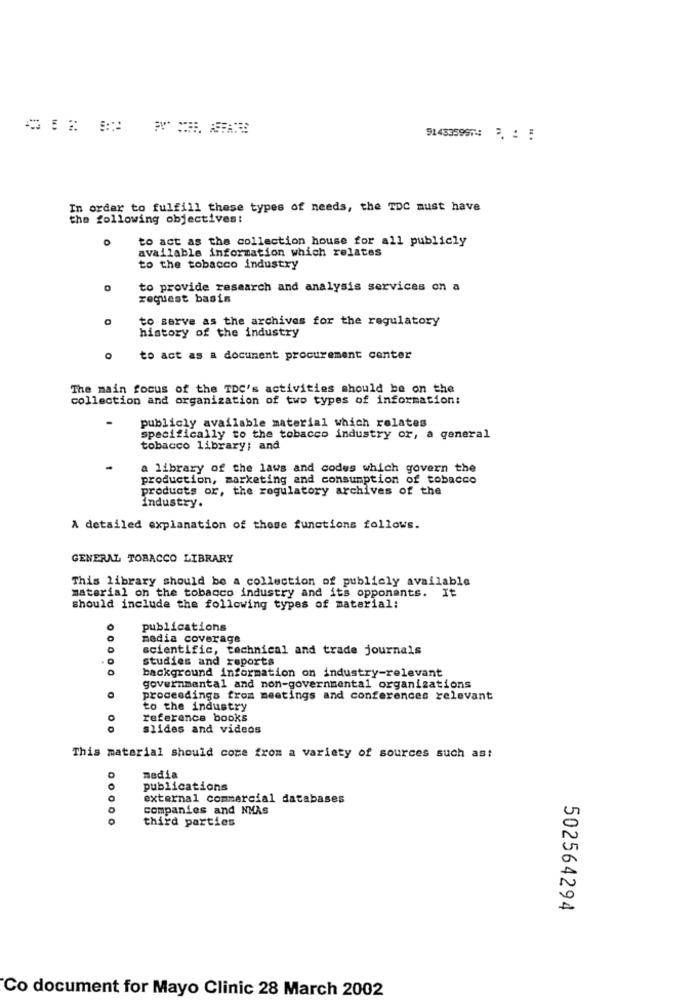
914335997 31 5
In order to fulfill these types of needs, the TDC must have
the following objectives:
to act as the collection house for all publicly
available information which relates
to the tobacco industry
to provide research and analysis services on a
request basin
to serve as the archives for the regulatory
history of the industry
to act as a document procurement center
The main focus of the TDC's activities should be on the
collection and organization of two types of information:
publicly available material which relates
specifically to the tobacco industry or, a general
tobacco library; and
a library of the laws and codes which govern the
production, marketing and consumption of tobacco
products or, the regulatory archives of the
Industry.
A detailed explanation of those functions follows.
GENERAL TOBACCO LIBRARY
This library should be a collection of publicly available
material on the tobacco industry and its opponents. It
should include the following types of material:
publications
media coverage
scientific, technical and trade journals
studies and reports
background information on industry-relevant
governmental and non-governmental organizations
proceedings from meetings and conferences relevant
to the industry
reference books
slides and videos
This material should come from a variety of sources such as:
media
publications
external commercial databases
companies and NMAs
00000
third parties
502564294
Co document for Mayo Clinic 28 March 2002